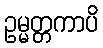
ဥမ္မတ္တကာပိ